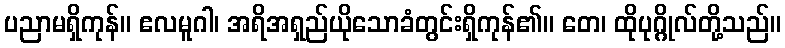
ပညာမရှိကုန်။ ဧလမူဂါ၊ အရိအရှည်ယိုသောခံတွင်းရှိကုန်၏။ တေ၊ ထိုပုဂ္ဂိုလ်တို့သည်။